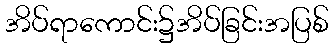
အိပ်ရာကောင်း၌အိပ်ခြင်းအပြစ်